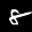
Label: 8